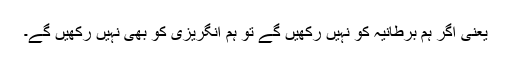
یعنی اگر ہم برطانیہ کو نہیں رکھیں گے تو ہم انگریزی کو بھی نہیں رکھیں گے۔